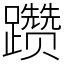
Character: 躜